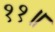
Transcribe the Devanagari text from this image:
११॥